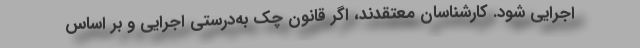
اجرایی شود. کارشناسان معتقدند، اگر قانون چک به‌درستی اجرایی و بر اساس